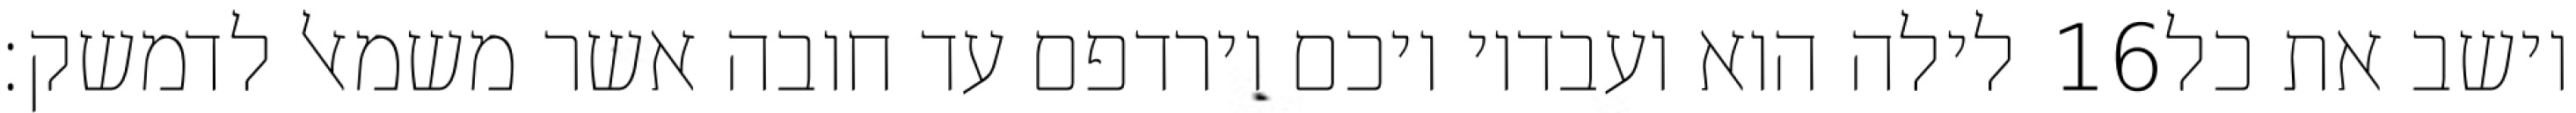
לילה הוא ועבדיו ויכם וירדפם עד חובה אשר משמאל לדמשק׃ ‎16‏ וישב את כל